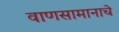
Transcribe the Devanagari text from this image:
वाणसामानाचे